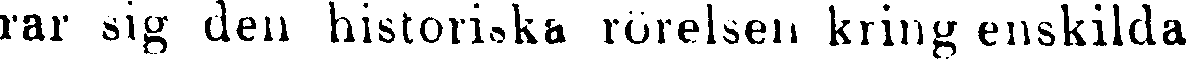
rar sig den historiska rörelsen kring enskilda